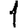
Digit: 1